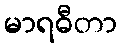
မာရဓီတာ